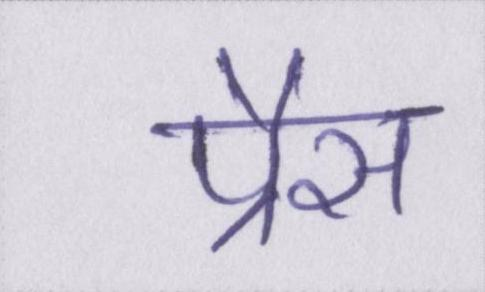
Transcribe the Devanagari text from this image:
प्रैस